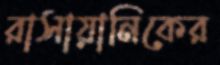
রাসায়ানিকের